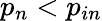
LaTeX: p_{n}<p_{in}